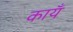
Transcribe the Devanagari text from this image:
कायँ